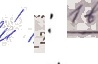
и́ 2: 1 в